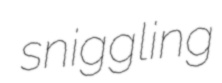
sniggling